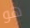
هو